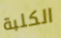
الكلبة